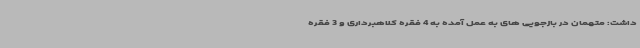
داشت: متهمان در بازجویی های به عمل آمده به 4 فقره کلاهبرداری و 3 فقره